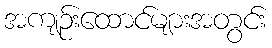
အကျဉ်းထောင်များအတွင်း